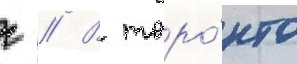
г // В торо́нто